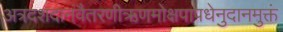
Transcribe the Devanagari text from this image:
अत्रदशदानंवैतरणीऋणमोक्षपापधेनुदानमुक्तं